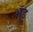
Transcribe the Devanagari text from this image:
भूँड़